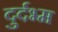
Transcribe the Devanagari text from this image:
दुर्दभ्म